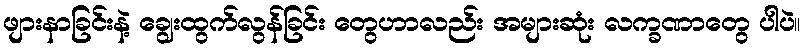
ဖျားနာခြင်းနဲ့ ချွေးထွက်လွန်ခြင်း တွေဟာလည်း အများဆုံး လက္ခဏာတွေ ပါပဲ။